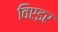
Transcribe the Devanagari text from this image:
विएइर